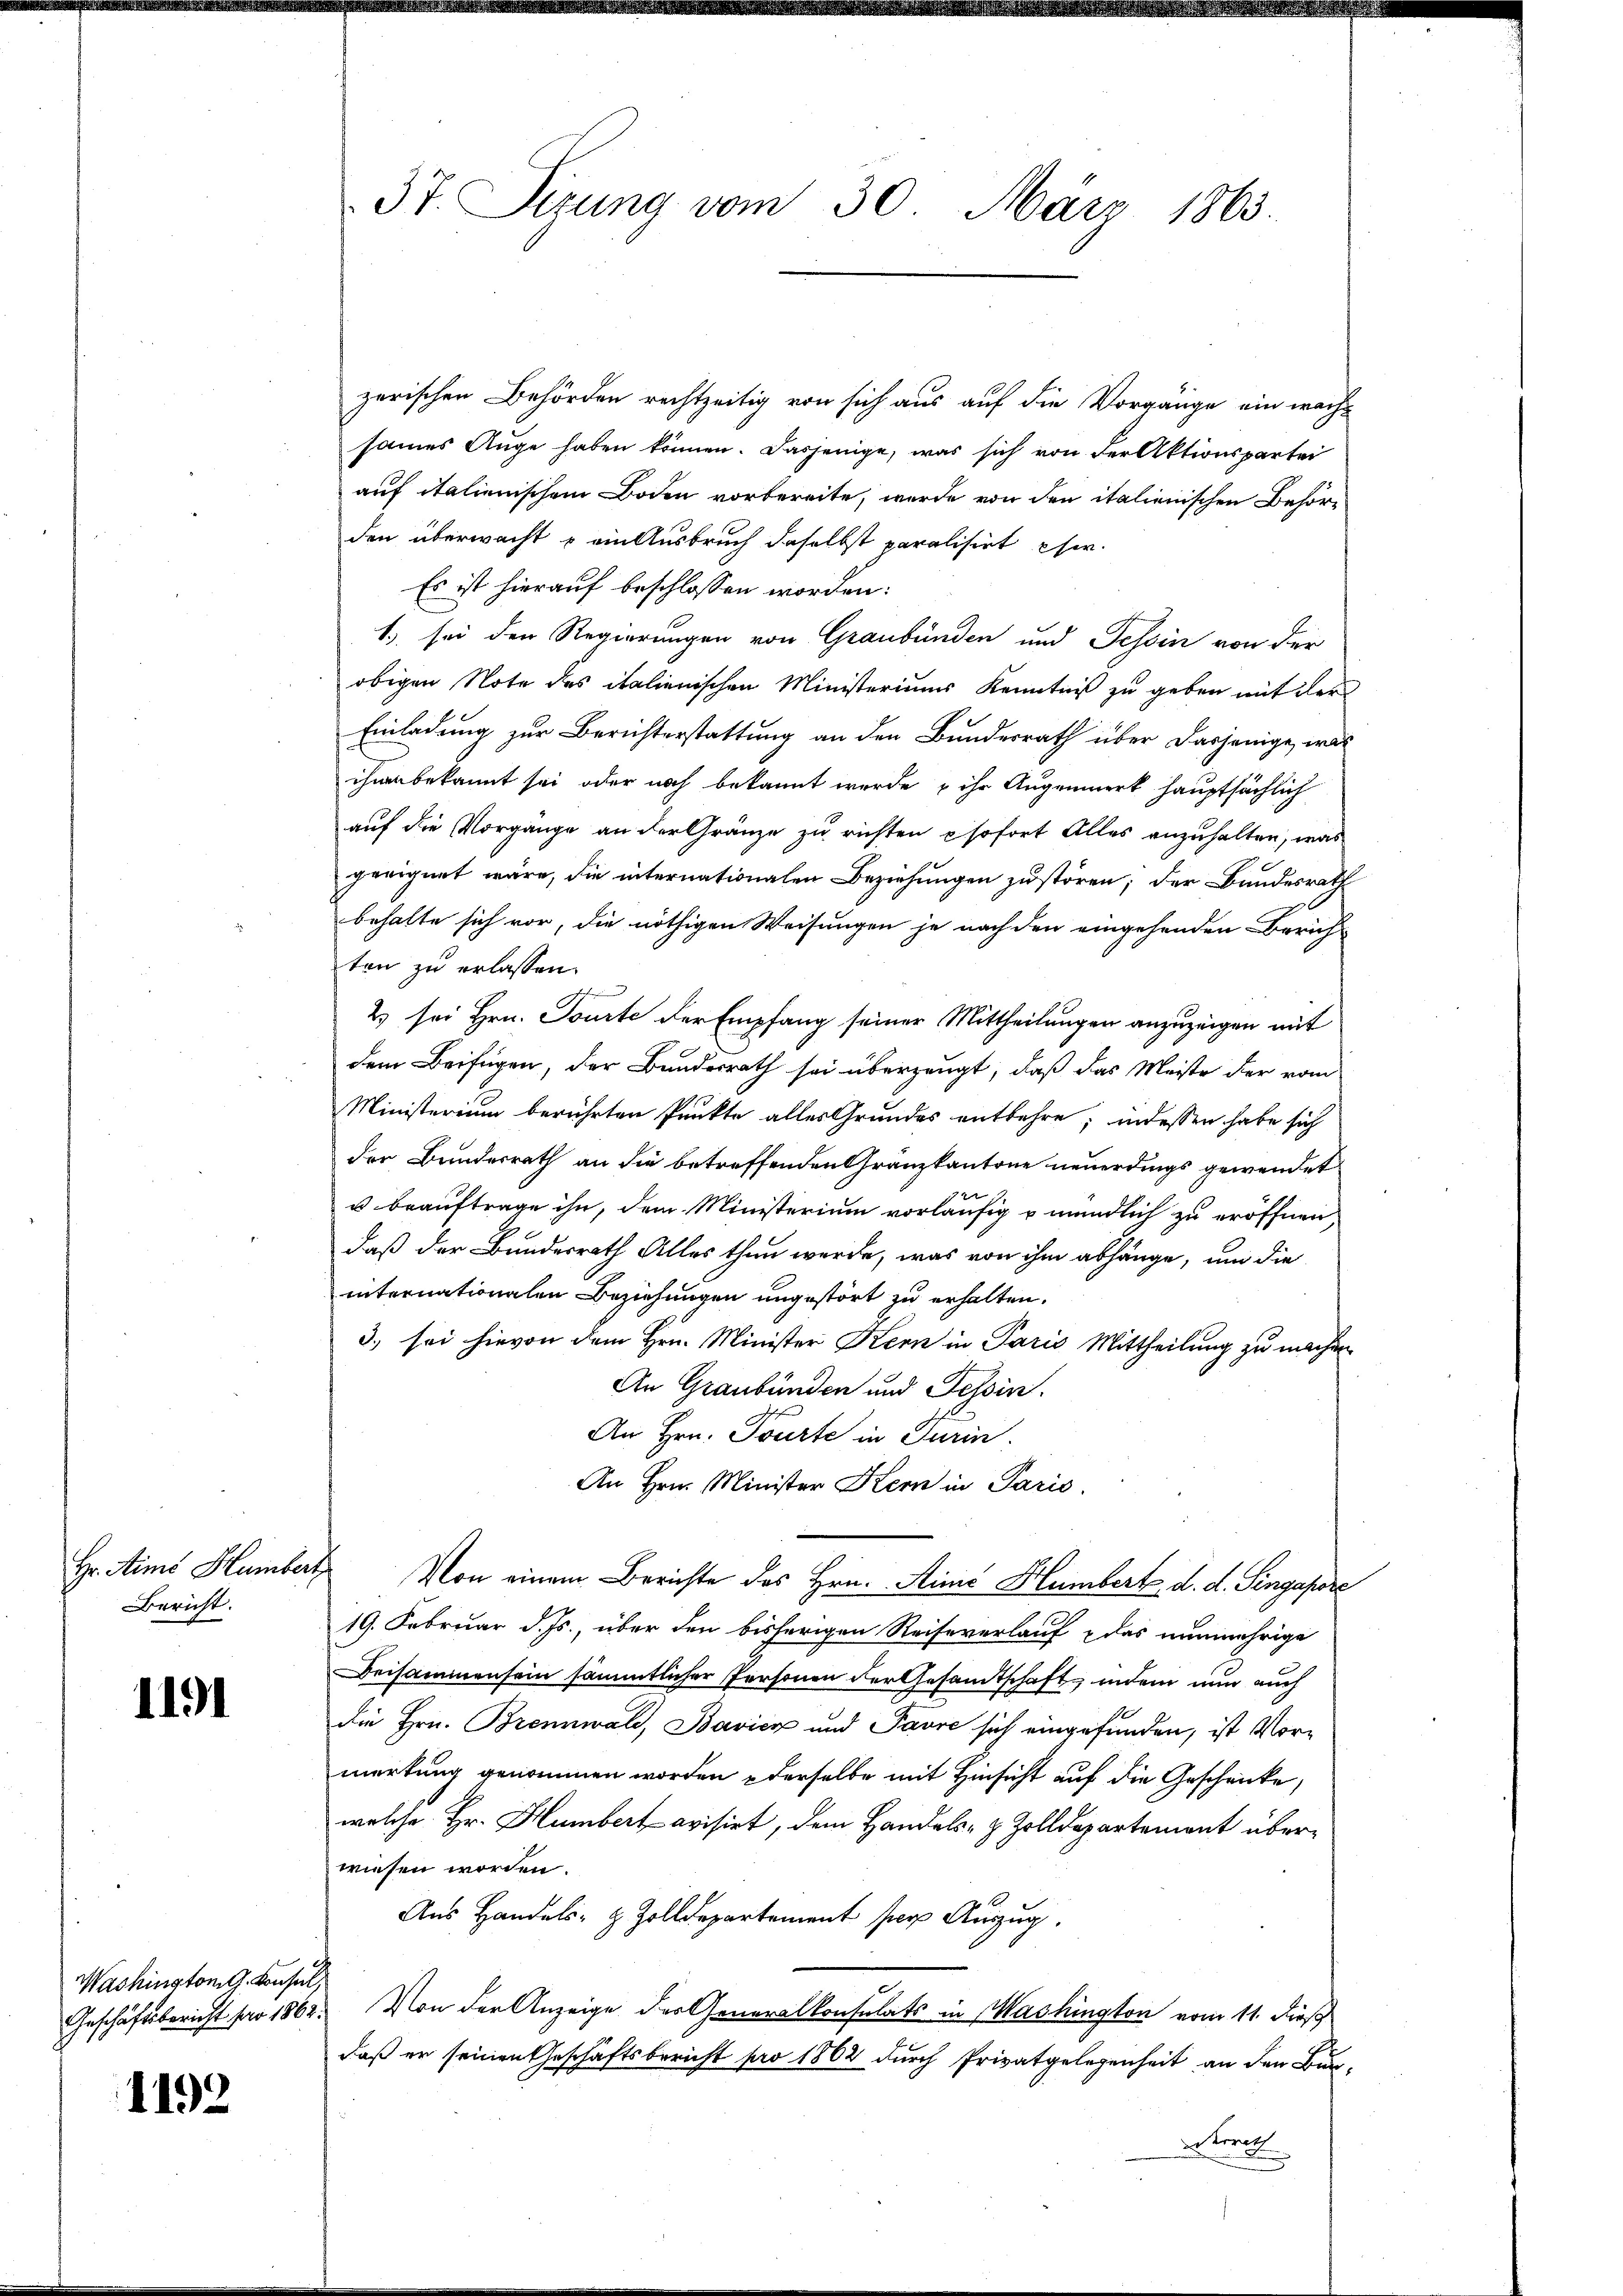
Hr. Aimé Humbert
Bericht.

1191

Washington G. Consul,

1192

37. Sizung vom 30. März 1863.

zerischen Behörden rechtzeitig von sich aus auf die Vorgänge ein wachs
sames Auge haben können. Dasjenige, was sich von der Aktionspartei
auf italienischem Boden vorbereite, wurde von den italienischen Behörden überwacht u ein Ausbruch daselbst paralisiert her.
Es ist hierauf beschlossen worden:
1) sei den Regierungen von Graubünden und Tessin von der
obigen Note des italienischen Ministeriums Kenntniß zu geben mit der
Einladung zur Berichterstattung an den Bundesrath über dasjenige, was
ihnen bekannt sei oder noch bekannt wurde & ihr Augenmerk hauptsächlich
auf die Vorgänge an der Gränze zu richten sofort Alles anzuhalten, was
geeignet wäre, die internationalen Beziehungen zu stören; der Bundesrath
behalte sich vor, die nöthigen Weisungen je nach den eingehenden Zürich
ten zu erlassen.
2 sei Hrn. Tourte der Empfang seiner Mittheilungen anzuzeigen mit
dem Beifügen, der Bundesrath sei überzeugt, daß das Meiste der vom
Ministerium berührten Punkte alles Grundes entbehre; indessen habe sich
der Bundesrath an die betreffenden Gränzkantone neuerdings gewendet
u beauftrage ihn, dem Ministerium vorläufig u mündlich zu eröffnen,
daß der Bundesrath Alles thun werde, was von ihm abhänge, um die
internationalen Beziehungen ungestört zu erhalten.
3.) sei hievon dem Hrn. Minister Kern in Paris Mittheilung zu machen
An Graubünden und Tessin.
An Hrn. Tourte in Turin
An Hrn. Minister Kern in Paris.
Von einem Berichte des Hrn. Ainić Hlumbert d. d. Singapore
19. Februar d. Js., über den bisherigen Reiseverlauf das nunmehrige
Beisammensein sämmtlicher Personen der Gesandtschaft, indem nun auch
die Hrn. Brennwald, Bavier und Pavre sich eingefunden, ist Vormerkung genommen worden derselbe mit Hinsicht auf die Geschricke,
welche Hr. Humbert avisirt, dem Handels- & Zolldepartement über-
wiesen worden.
Aus Handels- & Zolldepartement per Auszug.
Geschäftsbericht pro 1862. Von der Anzeige der Generalkonsulats in Washington vom 11. dieß
daß er seinen Geschäftsbericht pro 1862 durch Privatgelegenheit an den Bun-
es trock